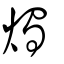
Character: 燭